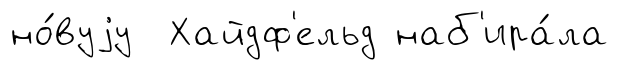
но́вуjу Хайдф'ельд наб'ира́ла